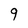
Character: 9